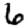
Digit: 6